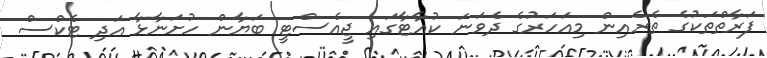
ފަރާތްތަކުގެ ތެރެއިން މިއަހަރުގެ ދެވަނަ ކުއާޓާގައި ޖީއެސްޓީ ބަޔާން ހުށަނާޅާ އަދި ޓެކްސް